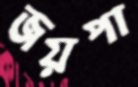
জয়পা